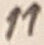
Text: 11